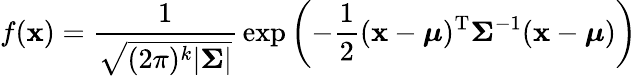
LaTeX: f(\mathbf{x})={\frac{1}{\sqrt{(2\pi)^{k}|{\boldsymbol{\Sigma}}|}}}\exp\left(-{\frac{1}{2}}(\mathbf{x}-{\boldsymbol{\mu}})^{\mathrm{{T}}}{\boldsymbol{\Sigma}}^{-1}({\mathbf{x}}-{\boldsymbol{\mu}})\right)